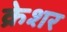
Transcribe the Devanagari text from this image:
क्रेशर